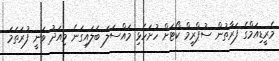
މެރީޑިއަމްގެ ފަރާތުން ސުޕްރީމް ކޯޓަށް ހުށަހެޅި މައްސަލަ ބަލައިގަނެ މިއަދު ވަނީ ފުރަތަމަ